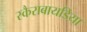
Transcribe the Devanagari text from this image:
स्कैराबायडिया